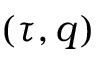
( \tau , q )